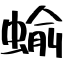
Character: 蝓